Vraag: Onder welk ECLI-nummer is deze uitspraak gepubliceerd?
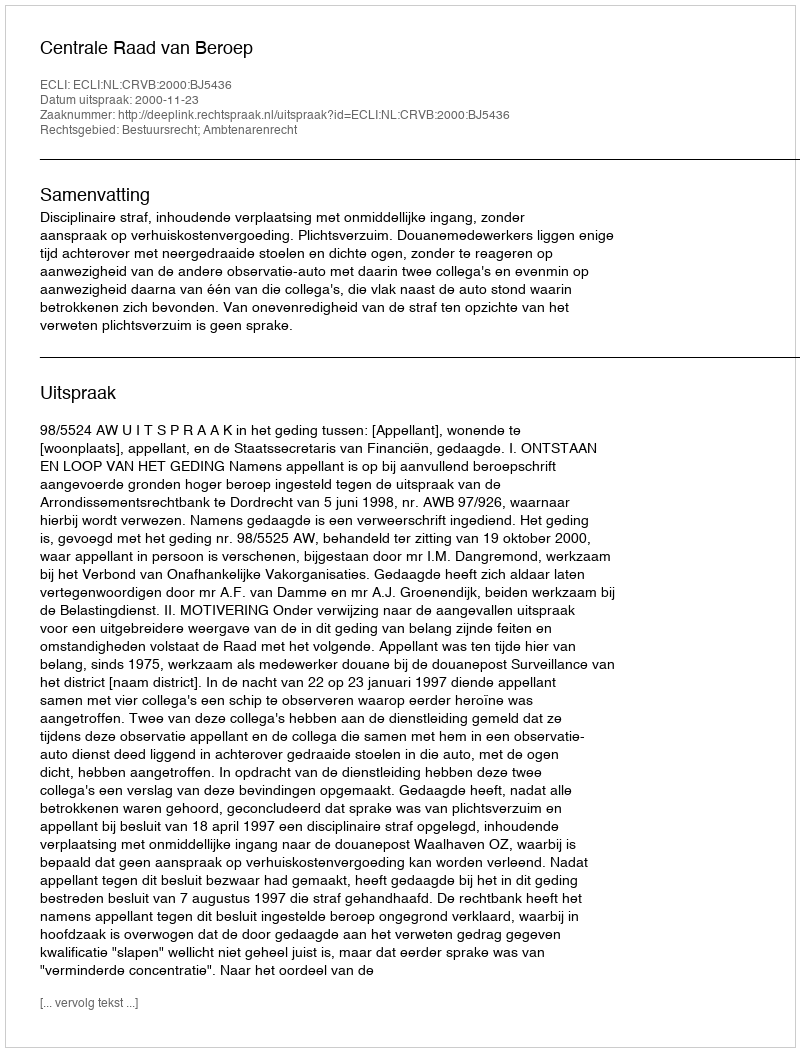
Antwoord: ECLI:NL:CRVB:2000:BJ5436